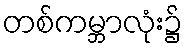
တစ်ကမ္ဘာလုံး၌